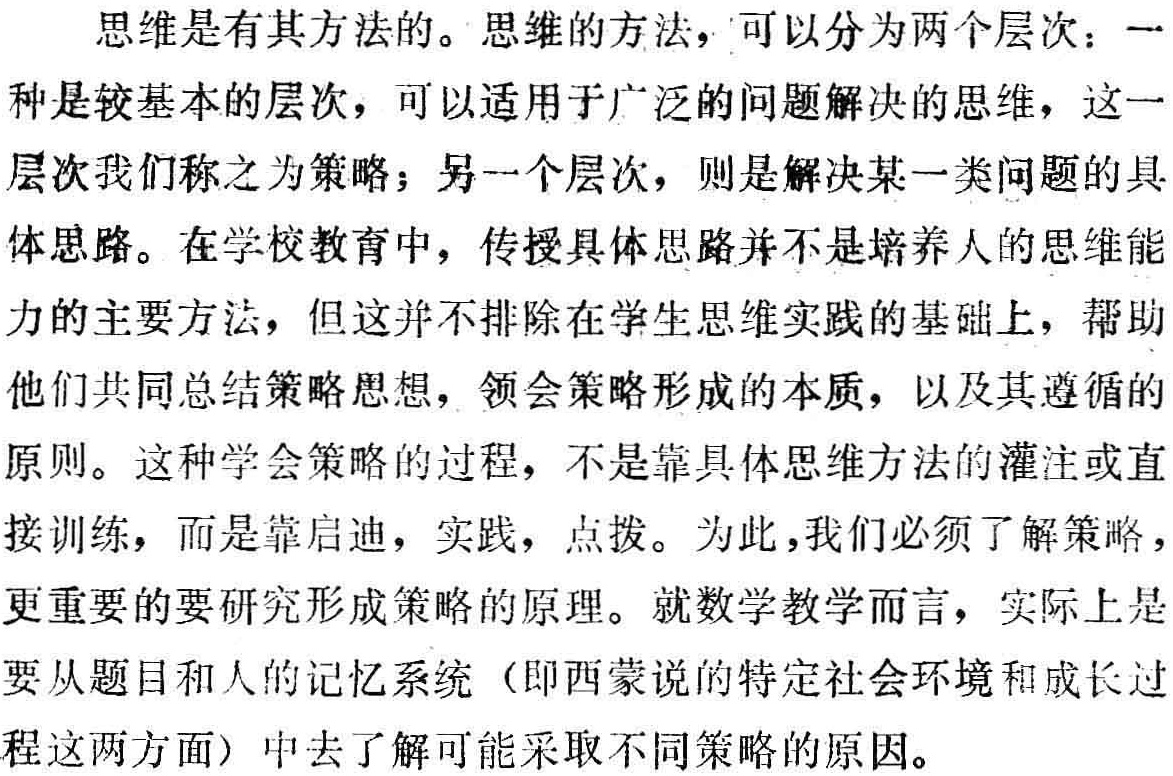
思维是有其方法的。思维的方法，可以分为两个层次：一种是较基本的层次，可以适用于广泛的问题解决的思维，这一层次我们称之为策略；另一个层次，则是解决某一类问题的具体思路。在学校教育中，传授具体思路并不是培养人的思维能力的主要方法，但这并不排除在学生思维实践的基础上，帮助他们共同总结策略思想，领会策略形成的本质，以及其遵循的原则。这种学会策略的过程，不是靠具体思维方法的灌注或直接训练，而是靠启迪，实践，点拨。为此，我们必须了解策略，更重要的要研究形成策略的原理。就数学教学而言，实际上是要从题目和人的记忆系统（即西蒙说的特定社会环境和成长过程这两方面）中去了解可能采取不同策略的原因。